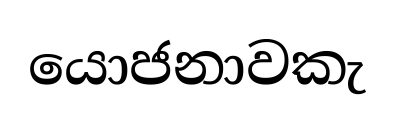
යොජනාවකැ